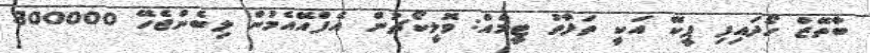
ބާތޭޒް ހޯދައިފި ޕީކޭ އަކީ ތަފާތު ޓީމެއް: ވޮލީކޯޗުން އެފްއޭއެމުން ލިބެންޖެހޭ 300000